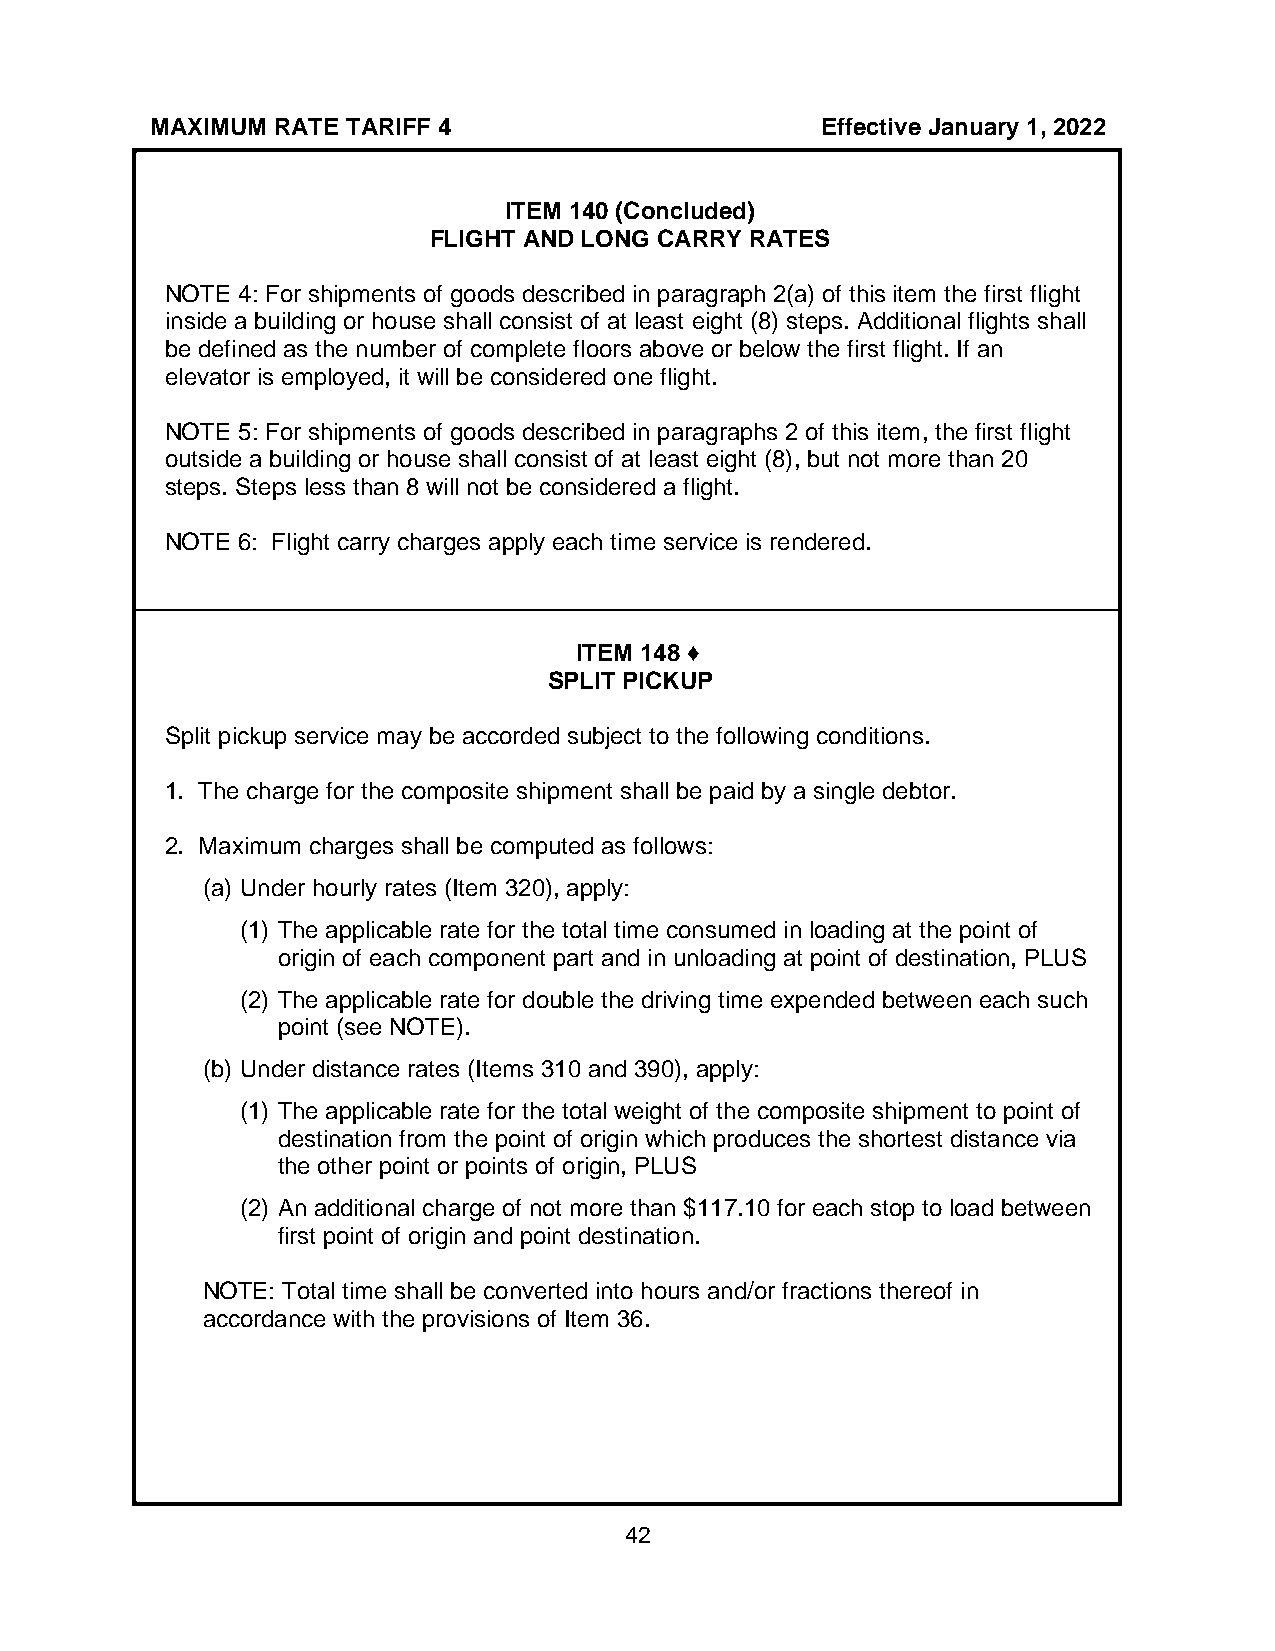
MAXIMUM RATE TARIFF 4                       Effective January 1, 2022
 ITEM 140 (Concluded)
 FLIGHT AND LONG CARRY RATES
 NOTE 4: For shipments of goods described in paragraph 2(a) of this item the first flight
 inside a building or house shall consist of at least eight (8) steps. Additional flights shall
 be defined as the number of complete floors above or below the first flight. If an
 elevator is employed, it will be considered one flight.
 NOTE 5: For shipments of goods described in paragraphs 2 of this item, the first flight
 outside a building or house shall consist of at least eight (8), but not more than 20
 steps. Steps less than 8 will not be considered a flight.
 NOTE 6: Flight carry charges apply each time service is rendered.
 ITEM 148 ♦
 SPLIT PICKUP
 Split pickup service may be accorded subject to the following conditions.
 1. The charge for the composite shipment shall be paid by a single debtor.
 2. Maximum charges shall be computed as follows:
 (a) Under hourly rates (Item 320), apply:
 (1) The applicable rate for the total time consumed in loading at the point of
 origin of each component part and in unloading at point of destination, PLUS
 (2) The applicable rate for double the driving time expended between each such
 point (see NOTE).
 (b) Under distance rates (Items 310 and 390), apply:
 (1) The applicable rate for the total weight of the composite shipment to point of
 destination from the point of origin which produces the shortest distance via
 the other point or points of origin, PLUS
 (2) An additional charge of not more than $117.10 for each stop to load between
 first point of origin and point destination.
 NOTE: Total time shall be converted into hours and/or fractions thereof in
 accordance with the provisions of Item 36.
 42